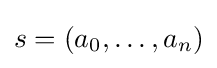
s=(a_{0},\ldots ,a_{n})